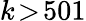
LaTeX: k\! >\! 501